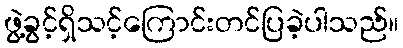
ဖွဲ့ခွင့်ရှိသင့်ကြောင်းတင်ပြခဲ့ပါသည်။